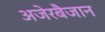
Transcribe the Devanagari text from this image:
अजेरबैजान